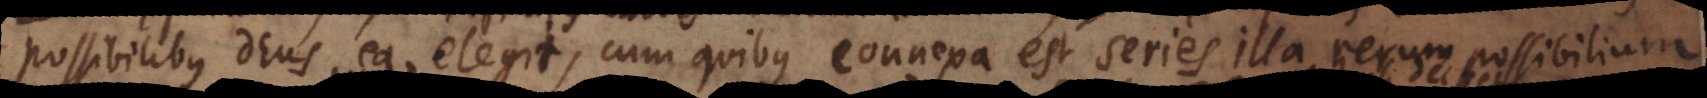
ssibilibus Deus ea elegit, cum quibus connexa est series illa rerum possibilium